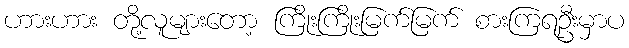
ဟားဟား တို့လူများတော့ ကြိုးကြိုးမြက်မြက် စားကြရဦးမှာပ